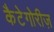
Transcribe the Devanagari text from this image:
कैटेगोरीज़